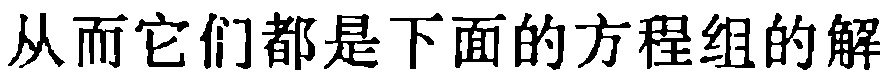
从而它们都是下面的方程组的解